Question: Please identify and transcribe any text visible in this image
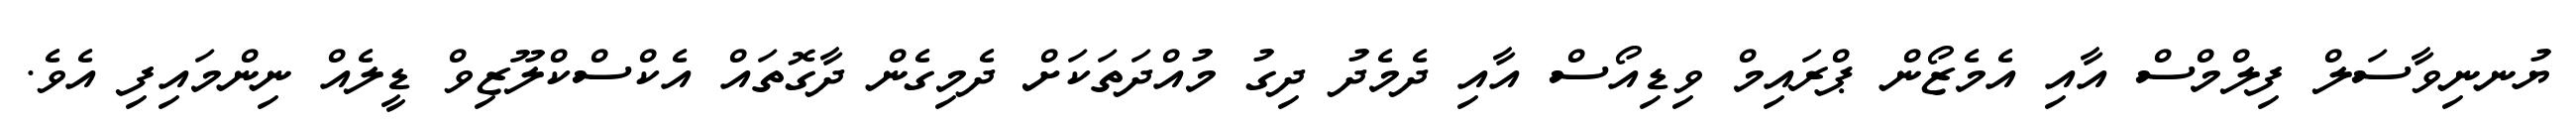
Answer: ޔުނނިވާސަލް ފިލްމްސް އާއި އެމެޒޯން ޕްރައިމް ވިޑިއޯސް އާއި ދެމެދު ދިގު މުއްދަތަކަށް ދެމިގެން ދާގޮތައް އެކްސްކްލޫޒިވް ޑީލެއް ނިންމައިފި އެވެ.